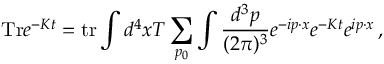
\mathrm { T r } e ^ { - K t } = \mathrm { t r } \int d ^ { 4 } x T \sum _ { p _ { 0 } } \int \frac { d ^ { 3 } p } { ( 2 \pi ) ^ { 3 } } e ^ { - i p \cdot x } e ^ { - K t } e ^ { i p \cdot x } \, ,